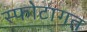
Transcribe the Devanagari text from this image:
स्फोटागत